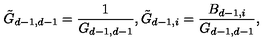
\tilde { G } _ { d - 1 , d - 1 } = \frac { 1 } { G _ { d - 1 , d - 1 } } , \tilde { G } _ { d - 1 , i } = \frac { B _ { d - 1 , i } } { G _ { d - 1 , d - 1 } } ,